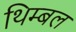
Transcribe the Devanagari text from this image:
थिम्बल